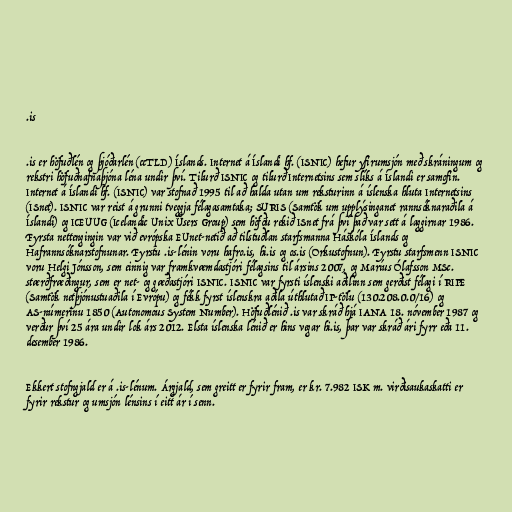
.is

.is er höfuðlén og þjóðarlén (ccTLD) Íslands. Internet á Íslandi hf. (ISNIC) hefur yfirumsjón með skráningum og
rekstri höfuðnafnaþjóna léna undir því. Tilurð ISNIC og tilurð Internetsins sem slíks á Íslandi er samofin.
Internet á Íslandi hf. (ISNIC) var stofnað 1995 til að halda utan um reksturinn á íslenska hluta Internetsins
(ISnet). ISNIC var reist á grunni tveggja félagasamtaka; SURIS (Samtök um upplýsinganet rannsóknaraðila á
Íslandi) og ICEUUG (Icelandic Unix Users Group) sem höfðu rekið ISnet frá því það var sett á laggirnar 1986.
Fyrsta nettengingin var við evrópska EUnet-netið að tilstuðlan starfsmanna Háskóla Íslands og
Hafrannsóknarstofnunar. Fyrstu .is-lénin voru hafro.is, hi.is og os.is (Orkustofnun). Fyrstu starfsmenn ISNIC
voru Helgi Jónsson, sem einnig var framkvæmdastjóri félagsins til ársins 2007, og Maríus Ólafsson MSc.
stærðfræðingur, sem er net- og gæðastjóri ISNIC. ISNIC var fyrsti íslenski aðilinn sem gerðist félagi í RIPE
(Samtök netþjónustuaðila í Evrópu) og fékk fyrst íslenskra aðila úthlutað IP-tölu (130.208.0.0/16) og
AS-númerinu 1850 (Autonomous System Number). Höfuðlénið .is var skráð hjá IANA 18. nóvember 1987 og
verður því 25 ára undir lok árs 2012. Elsta íslenska lénið er hins vegar hi.is, þar var skráð ári fyrr eða 11.
desember 1986.

Ekkert stofngjald er á .is-lénum. Árgjald, sem greitt er fyrir fram, er kr. 7.982 ISK m. virðisaukaskatti er
fyrir rekstur og umsjón lénsins í eitt ár í senn.